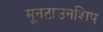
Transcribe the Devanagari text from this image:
मूनटाउनशिप